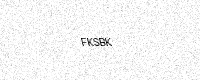
Text: FKSBK